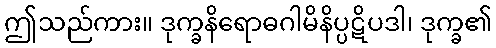
ဤသည်ကား။ ဒုက္ခနိရောဓဂါမိနိပ္ပဋိပဒါ၊ ဒုက္ခ၏